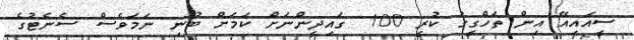
ސީއައިއޭ އިން ތަހްގީގު ކުރީ 100 ގައިދީންނަށް ކަމަށް ބުނި ނަމަވެސް ސެނެޓުގެ